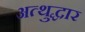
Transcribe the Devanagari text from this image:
अत्थुद्धार